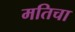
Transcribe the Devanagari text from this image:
मतिचा